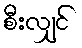
စီးလျှင်